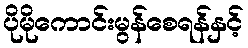
ပိုမိုကောင်းမွန်စေရန်နှင့်